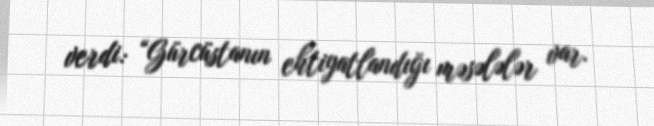
verdi: “Gürcüstanın ehtiyatlandığı məsələlər var.